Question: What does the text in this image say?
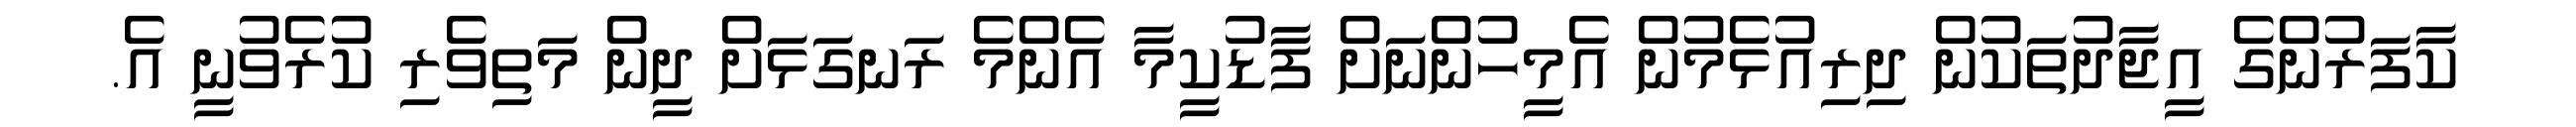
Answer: ކާފަރުންގެ އީޖާދުތަކުން ދިރިއުޅެމުން އެމީހުންނަށް ފާޑުކީމާ އެންމެ ރަނގަޅަށް ދީން މަތިވެރި ކުރެވުނީ އެ.